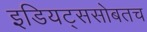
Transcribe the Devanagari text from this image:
इडियट्ससोबतच